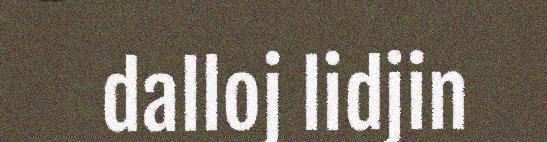
dalloj lidjin